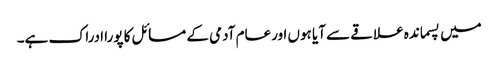
میں پسماندہ علاقے سے آیا ہوں اورعام آدمی کے مسائل کا پورا ادراک ہے۔